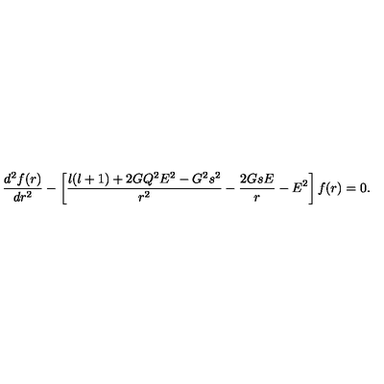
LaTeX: { \frac { d ^ { 2 } f ( r ) } { d r ^ { 2 } } } - \left[ { \frac { l ( l + 1 ) + 2 G Q ^ { 2 } E ^ { 2 } - G ^ { 2 } s ^ { 2 } } { r ^ { 2 } } } - { \frac { 2 G s E } { r } } - E ^ { 2 } \right] f ( r ) = 0 .